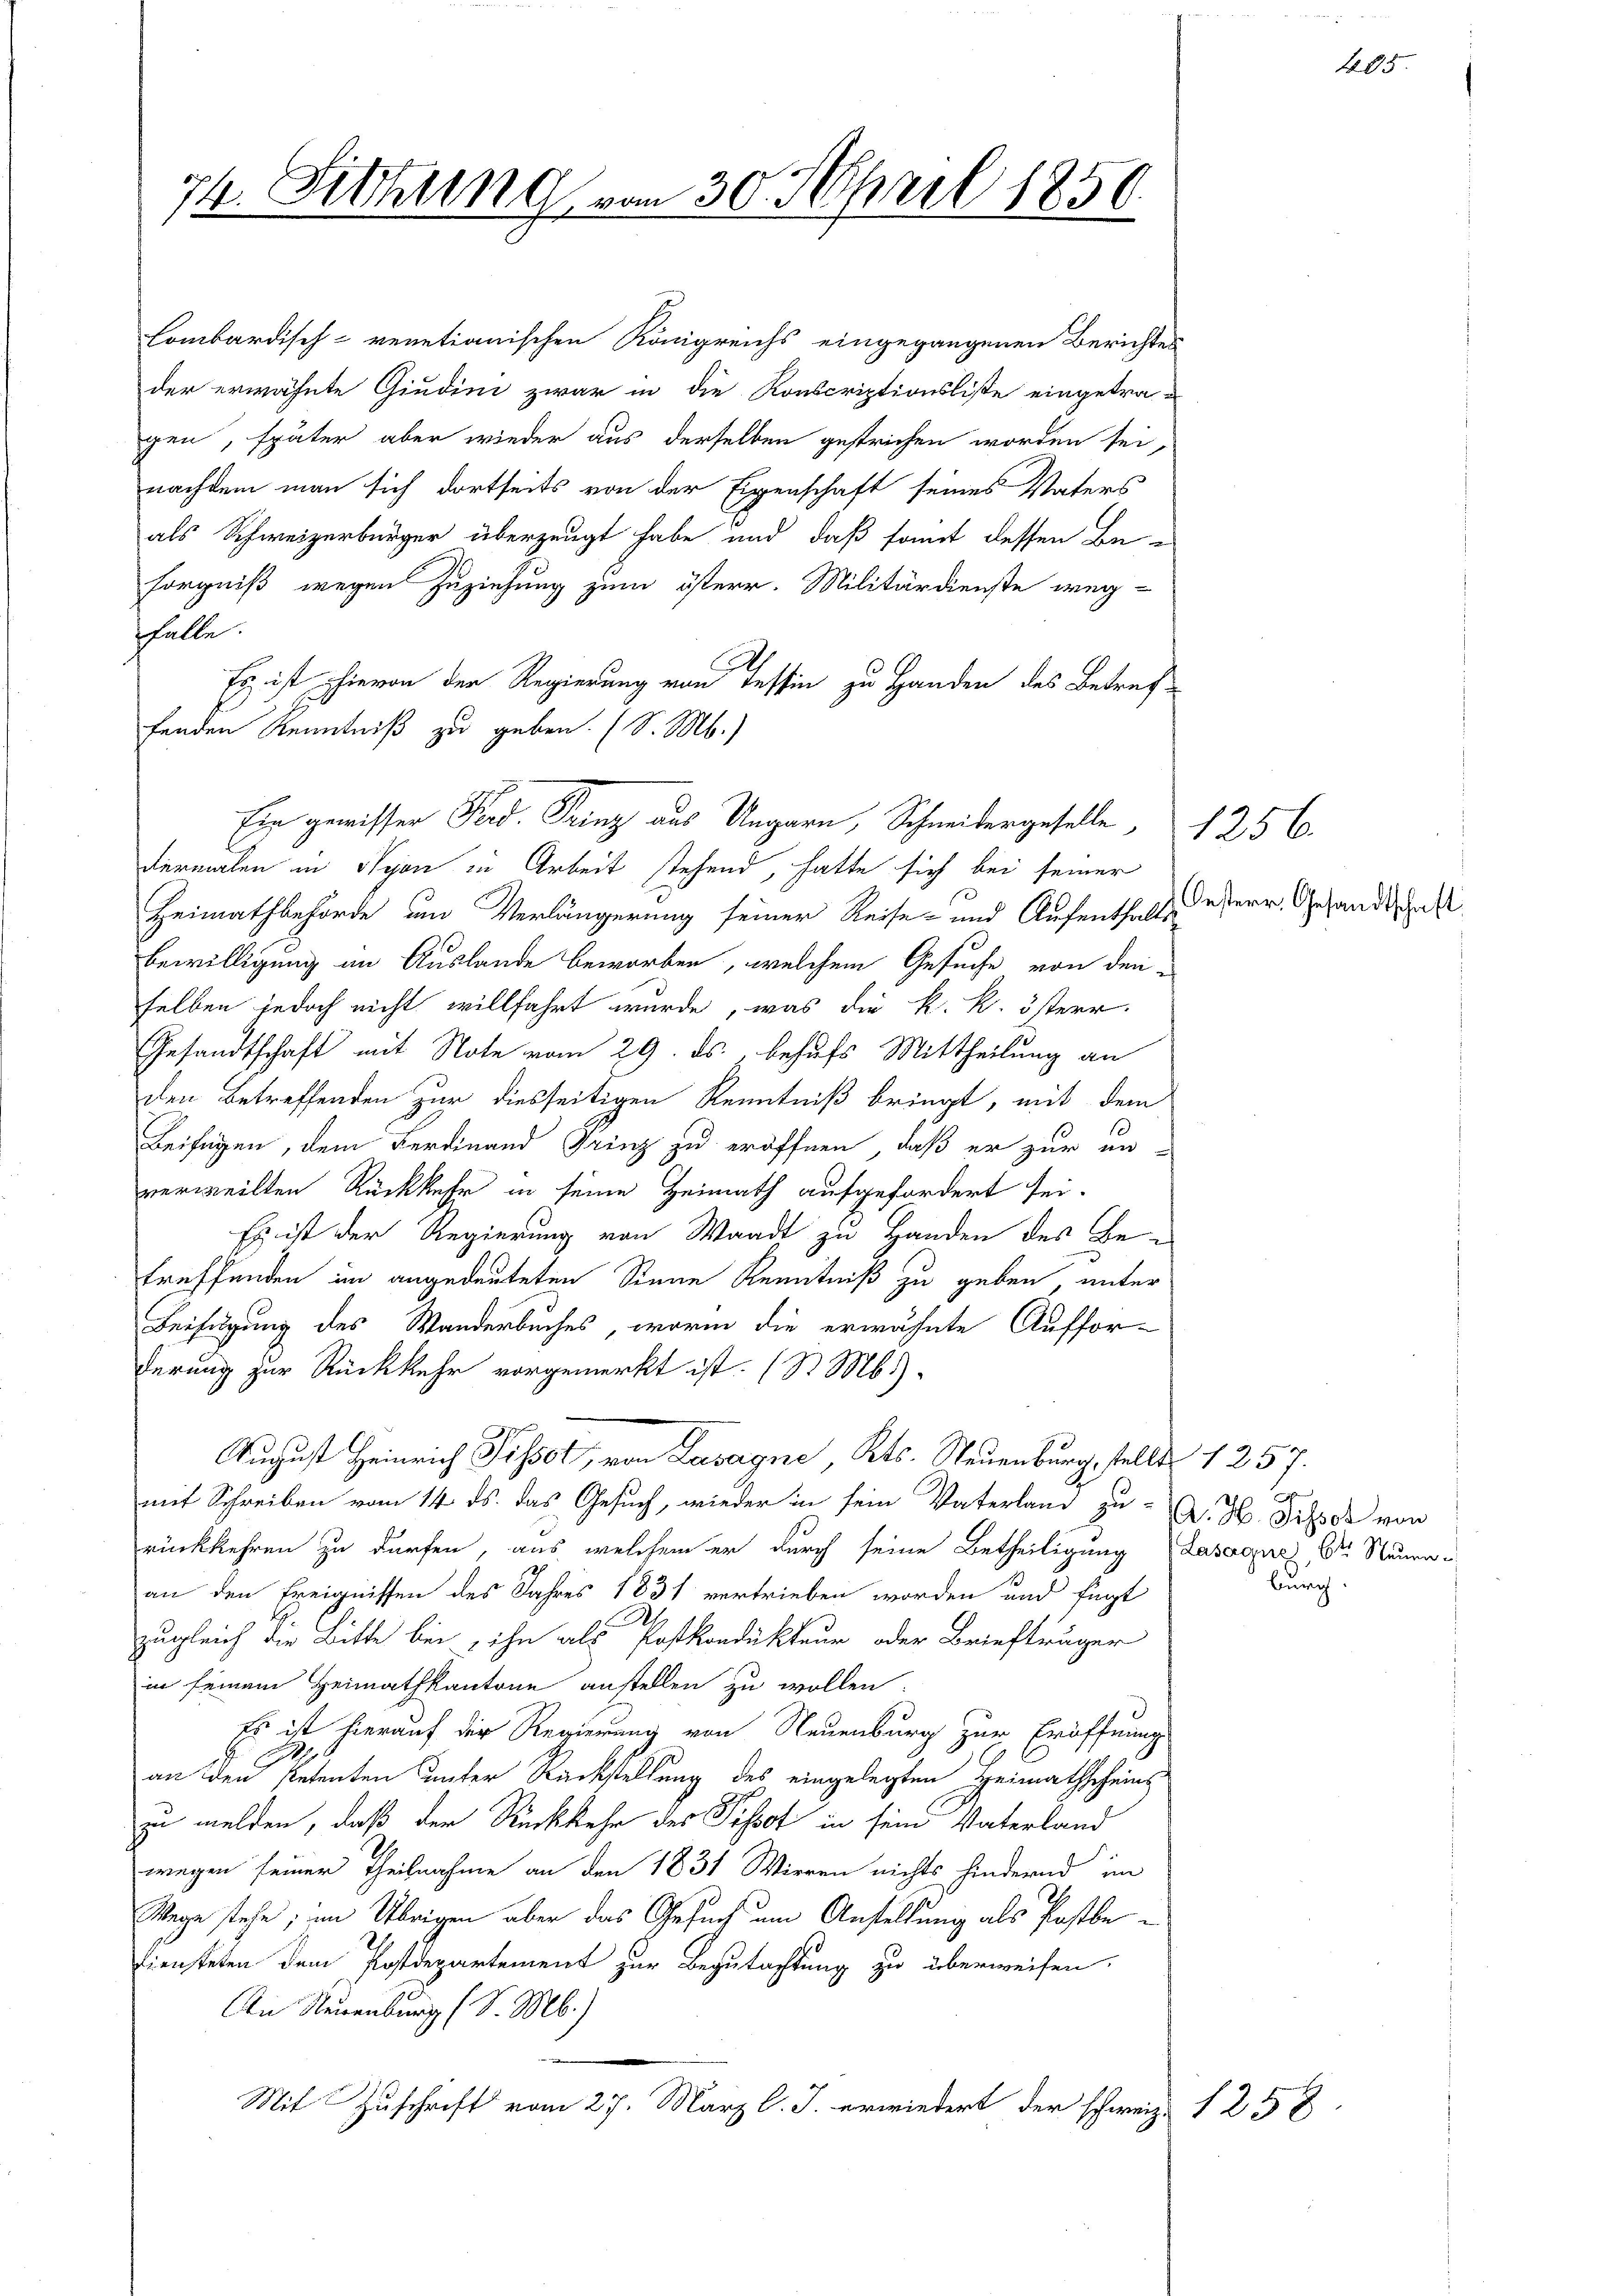
74. Schling vom 30. April 1850.

lombardisch-venetianischen Königreichs eingegangenen Berichte
der erwähnte Giudini zwar in die Konscriptionsliste eingetra-
gen, später aber wieder aus derselben gestrichen worden sei,
nachdem man sich dortseits von der Eigenschaft seines Vaters
als Schweizerbürger überzeugt habe und daß somit dessen Be-
sorgniß wegen Zuziehung zum österr. Militärdienste weg-
fhalte.
Es ist hievon der Regierung von Tessin zu Handen des Betref-
fenden Kenntniß zu geben. (S. M.)
Ein gewisser Prod. Prinz aus Ungarn, Schneidergeselle
dermalen in Nyon in Arbeit stehend, hatte sich bei seiner
Heimathbehörde um Verlängerung seiner Reise- und Aufenthalts
Bewilligung im Auslande beworben, welchem Gesuche von den
selben jedoch nicht willfahrt wurde, was die k. k. österr.
Gesandtschaft mit Note vom 29. ds., behufs Mittheilung an
den Betreffenden zur diesseitigen Kenntniß bringt, mit dem
Beifügen, dem Ferdinand Prinz zu eröffnen, daß er zur un-
verweilten Rückkehr in seine Heimath aufgefordert sei.
Es ist der Regierung von Waadt zu Handen des Be-
treffenden im angedeuteten Sinne Kenntniß zu geben, unter
Beifügung des Wanderbuches, worin die erwähnte Auffor-
derung zur Rückkehr vorgemerkt ist. (S. Mb.).
29
August Heinrich ist, von Lasagne, Kts. Neuenburg, stellt 1 257.
mit Schreiben vom 14. ds. das Gesuch, wieder in sein Vaterland zu C. H. Disse von
rückkehren zu dürfen, aus welchem er durch seine Betheiligung
an den Ereignissen des Jahres 1831 vertrieben worden und fügt
zugleich die Bitte bei ihn als Postkondukteur oder Briefträger
in seinem Heimathkantone anstellen zu wollen.
Es ist hierauf der Regierung von Neuenburg zur Eröffnung
an den Petenten unter Rückstellung des eingelegten Heimathscheins
zu melden, daß der Rückkehr des Pissot in sein Vaterland
.
wegen seiner Theilnahme an den 1831 Wirren nichts hindernd in
Wege stehe; im Übrigen aber das Gesuch um Anstellung als Postbe¬
Diensteten dem Postdepartement zur Begutachtung zu überweisen.
An Neuenburg (S. M.)
Mit Zuschrift vom 27. März l. J. erwiedert der schweiz. 1258

Oesterr. Gesandtschaft

Lasagne, 6ten Neuen.
burg.

1256

405.